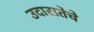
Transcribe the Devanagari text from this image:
उदारातेचे